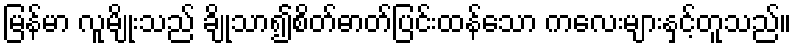
မြန်မာ လူမျိုးသည် ချိုသာ၍စိတ်ဓာတ်ပြင်းထန်သော ကလေးများနှင့်တူသည်။